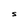
Character: S